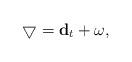
LaTeX: \begin{align*}\bigtriangledown = {\bf d}_{t} + \omega ,\end{align*}